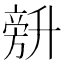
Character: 𰅾